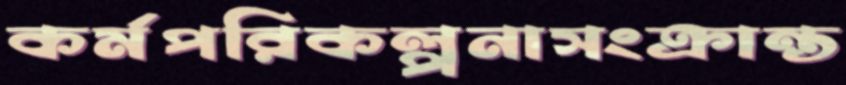
কর্মপরিকল্পনাসংক্রান্ত